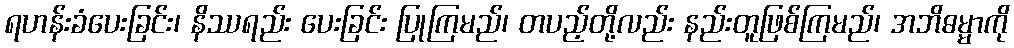
ရဟန်းခံပေးခြင်း၊ နိဿရည်း ပေးခြင်း ပြုကြမည်၊ တပည့်တို့လည်း နည်းတူဖြစ်ကြမည်၊ အဘိဓမ္မာကို